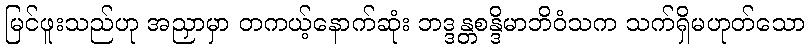
မြင်ဖူးသည်ဟု အညှာမှာ တကယ့်နောက်ဆုံး ဘဒ္ဒန္တစန္ဒိမာဘိဝံသက သက်ရှိမဟုတ်သော